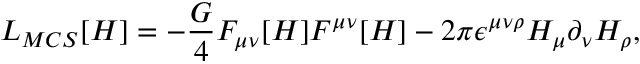
{ \cal L } _ { M C S } [ H ] = - \frac { G } { 4 } F _ { \mu \nu } [ H ] F ^ { \mu \nu } [ H ] - 2 \pi \epsilon ^ { \mu \nu \rho } H _ { \mu } \partial _ { \nu } H _ { \rho } ,